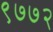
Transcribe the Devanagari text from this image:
९७७२